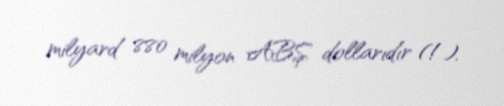
milyard 880 milyon ABŞ dollarıdır (!).